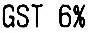
GST 6%